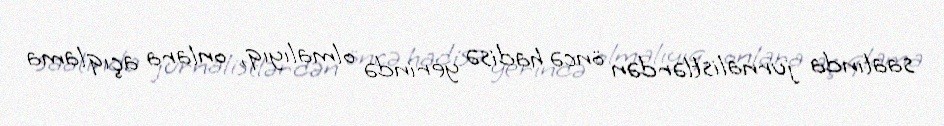
saatında jurnalistlərdən öncə hadisə yerində olmalıyıq, onlara açıqlama